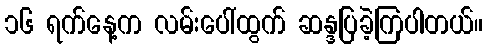
၁၆ ရက်နေ့က လမ်းပေါ်ထွက် ဆန္ဒပြခဲ့ကြပါတယ်။